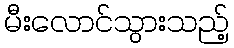
မီးလောင်သွားသည့်